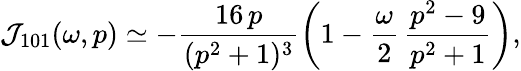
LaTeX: {\cal J}_{101}(\omega,p)\simeq-\frac{16\, p}{(p^{2}+1)^{3}}\left(1-\frac{\omega}{2}\, \frac{p^{2}-9}{p^{2}+1}\right),